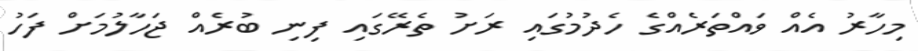
މިހާރު އެއް ވައްތަރެއްގެ ހެދުމުގައި ރަށު ތެރޭގައި ފިނި ބުރެއް ޖަހާލުމަށް ފަހު